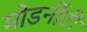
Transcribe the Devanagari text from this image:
मोडर्नीटी